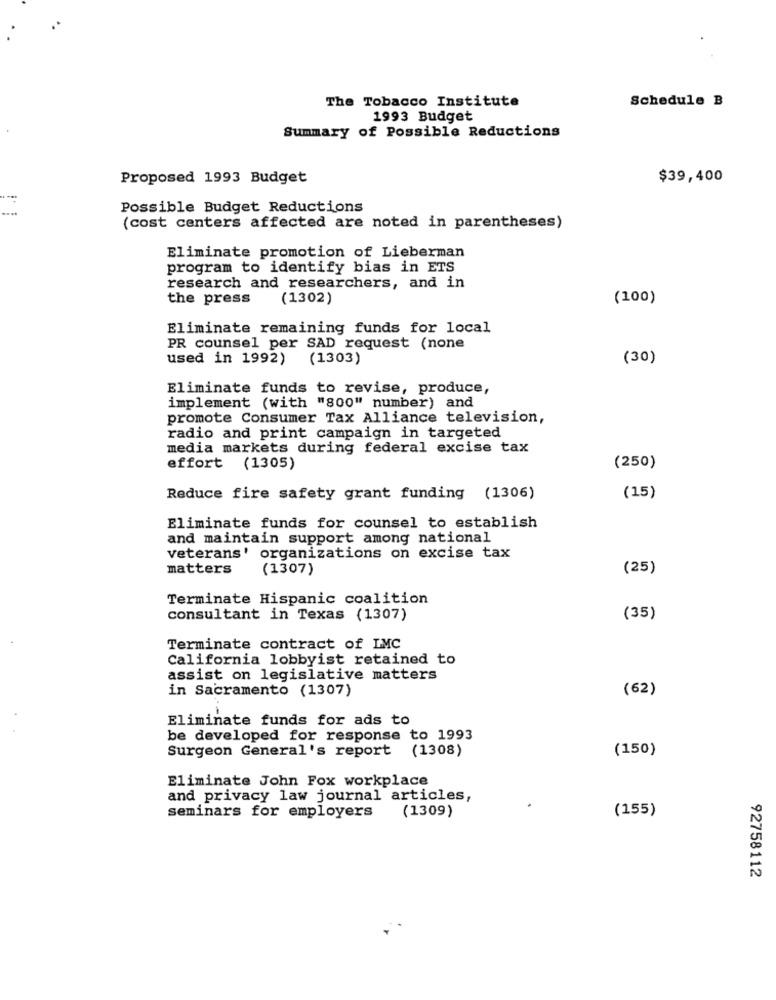
The Tobacco Institute
Schedule B
1993 Budget
Summary of Possible Reductions
Proposed 1993 Budget
$39,400
Possible Budget Reductions
(cost centers affected are noted in parentheses)
Eliminate promotion of Lieberman
program to identify bias in ETS
research and researchers, and in
the press
(1302)
(100)
Eliminate remaining funds for local
PR counsel per SAD request (none
used in 1992)
(1303)
(30)
Eliminate funds to revise, produce,
implement (with "800" number) and
promote Consumer Tax Alliance television,
radio and print campaign in targeted
media markets during federal excise tax
effort
(1305)
(250)
Reduce fire safety grant funding (1306)
(15)
Eliminate funds for counsel to establish
and maintain support among national
veterans' organizations on excise tax
matters
(1307)
(25)
Terminate Hispanic coalition
consultant in Texas (1307)
(35)
Terminate contract of LMC
California lobbyist retained to
assist on legislative matters
in Sacramento (1307)
(62)
Eliminate funds for ads to
be developed for response to 1993
Surgeon General's report
(1308)
(150)
Eliminate John Fox workplace
and privacy law journal articles,
(1309)
seminars for employers
(155)
92758112